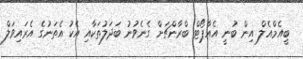
ބީއެމްއެލް އިން ބުނީ އެއާޕޯޓް ބްރާންޗަށް ގެނެވުނު ބަދަލުތަކާއި އެކު އެތަނުގެ އެރައިވަލް